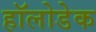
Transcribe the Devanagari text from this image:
हॉलोडेक